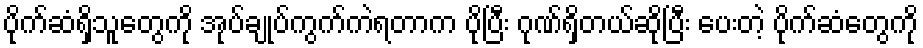
ပိုက်ဆံရှိသူတွေကို အုပ်ချုပ်ကွက်ကဲရတာက ပိုပြီး ဂုဏ်ရှိတယ်ဆိုပြီး ပေးတဲ့ ပိုက်ဆံတွေကို